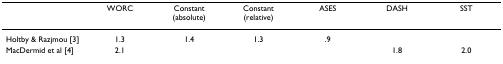
<table><thead><tr><td></td><td><b>WORC</b></td><td><b>Constant (absolute)</b></td><td><b>Constant (relative)</b></td><td><b>ASES</b></td><td><b>DASH</b></td><td><b>SST</b></td></tr></thead><tbody><tr><td>Holtby &amp; Razjmou [3]</td><td>1.3</td><td>1.4</td><td>1.3</td><td>.9</td><td></td><td></td></tr><tr><td>MacDermid et al [4]</td><td>2.1</td><td></td><td></td><td></td><td>1.8</td><td>2.0</td></tr></tbody></table>